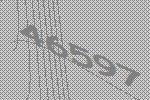
46597